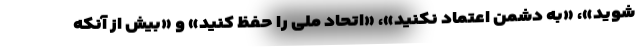
شوید»، «به دشمن اعتماد نکنید»، «اتحاد ملی را حفظ کنید» و «بیش از آنکه